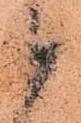
候